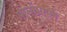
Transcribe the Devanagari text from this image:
पोर्नोग्राफ़ी